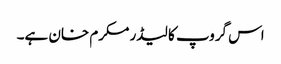
اس گروپ کا لیڈر مکرم خان ہے۔